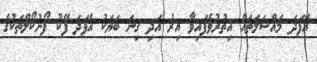
އެފަދަ މައްސަލަތައް އިތުރުވެފައިވާ އިރު އަދި ގިނަ ބަޔަކު އެފަދަ ފޭކު ފޯނުކޯލްތަކުގެ